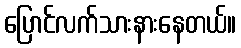
ပြောင်လက်သားနားနေတယ်။